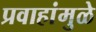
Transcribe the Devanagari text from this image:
प्रवाहांमुळे